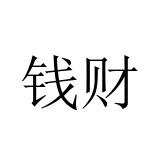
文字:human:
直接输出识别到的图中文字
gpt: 钱财